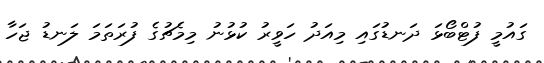
ގައުމީ ފުޓްބޯޅަ ދަނޑުގައި މިއަދު ހަވީރު ކުޅުނު މިމެޗުގެ ފުރަތަމަ ލަނޑު ޖަހާ